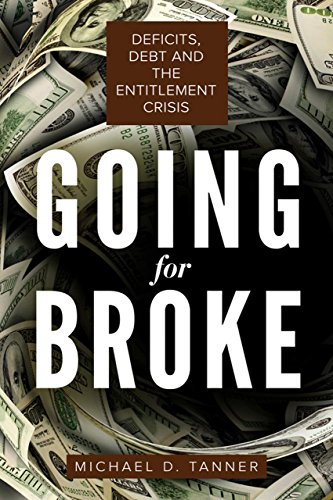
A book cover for Going for Broke: Deficits, Debt, and the Entitlement Crisis; Michael D. Tanner; Medical Books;